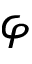
\varphi